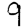
Digit: 9